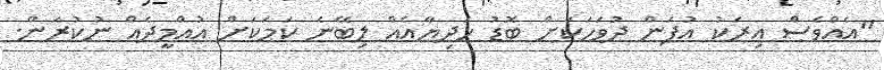
"އެއްވެސް އިރަކު އުފަން ދުވަހަކަށް ބޮޑު ހަދިޔާއެއް ލިބޭނެ ކަމަކަށް އުއްމީދެއް ނުކުރަން.